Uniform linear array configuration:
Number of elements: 8
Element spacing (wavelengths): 0.5
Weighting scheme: exponential
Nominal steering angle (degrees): -30
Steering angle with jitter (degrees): -28.705
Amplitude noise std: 0.05
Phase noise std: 0.05

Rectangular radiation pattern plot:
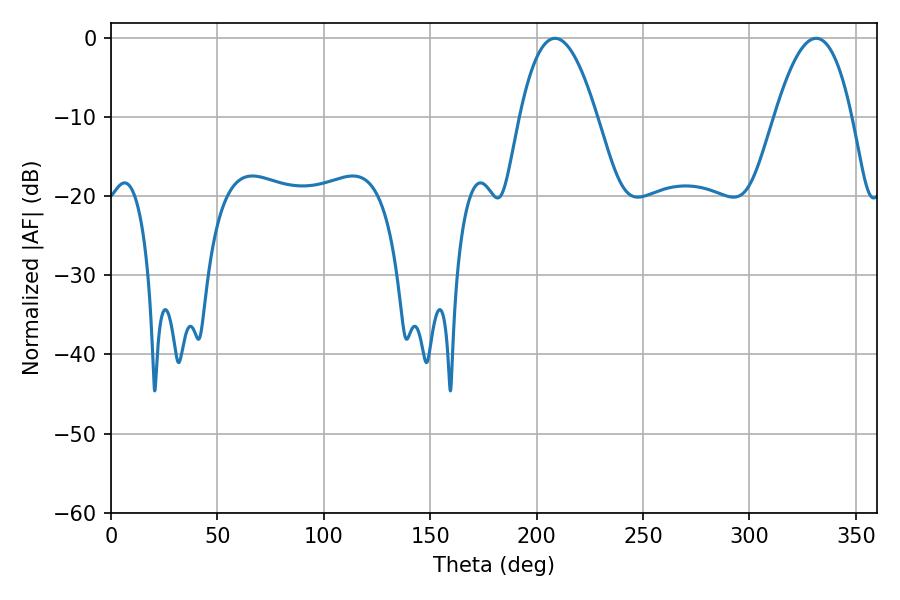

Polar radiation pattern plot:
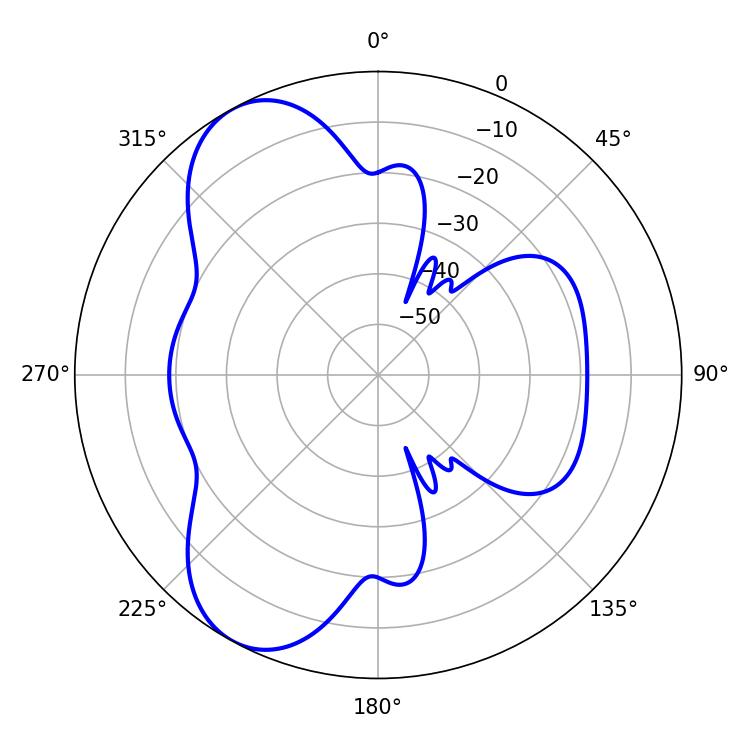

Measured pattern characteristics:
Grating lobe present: FALSE
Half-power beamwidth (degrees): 19.98
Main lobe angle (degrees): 208.62